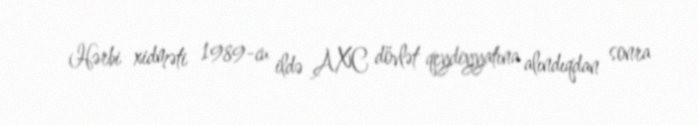
Hərbi xidməti 1989-cu ildə AXC dövlət qeydiyyatına alındıqdan sonra